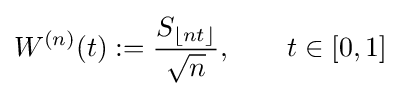
W^{(n)}(t):={\frac {S_{\lfloor nt\rfloor }}{\sqrt {n}}},\qquad t\in [0,1]